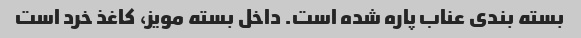
بسته بندی عناب پاره شده است. داخل بسته مویز، کاغذ خرد است